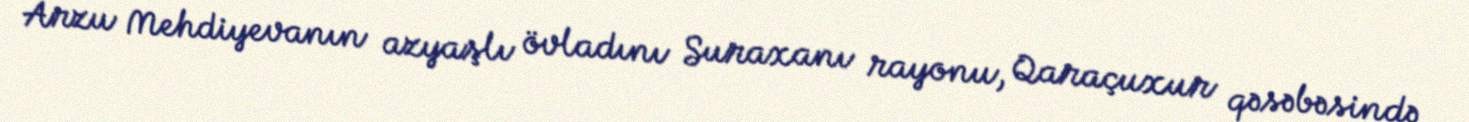
Arzu Mehdiyevanın azyaşlı övladını Suraxanı rayonu, Qaraçuxur qəsəbəsində